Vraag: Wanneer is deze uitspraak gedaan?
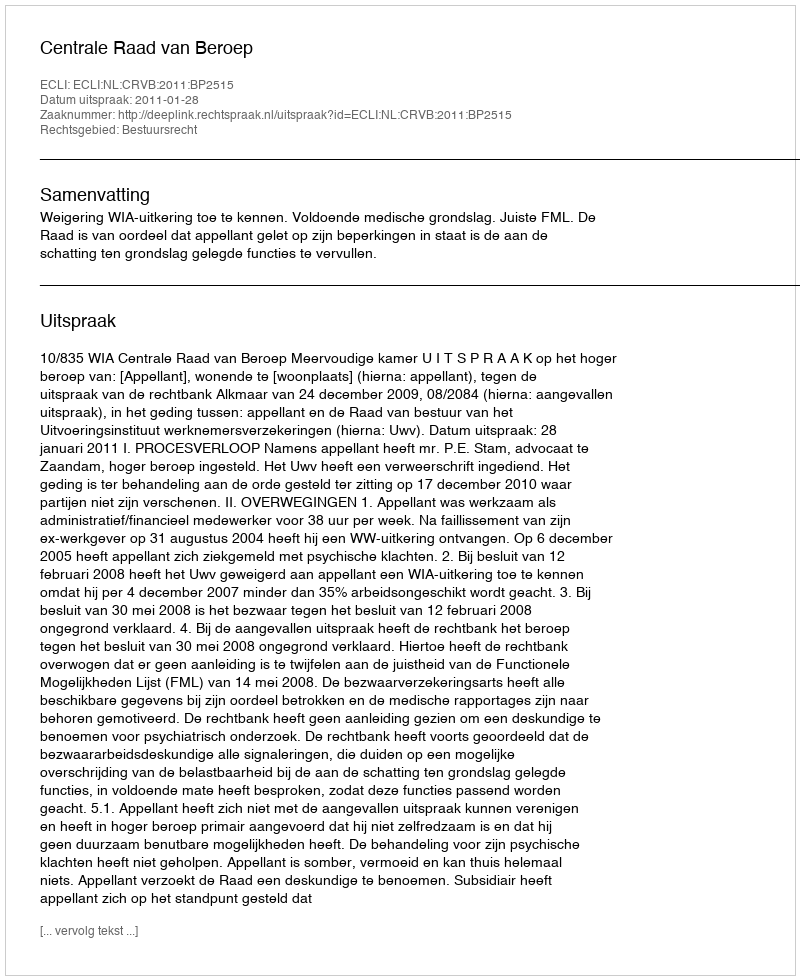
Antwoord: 2011-01-28